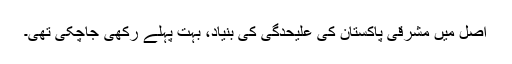
اصل میں مشرقی پاکستان کی علیحدگی کی بنیاد، بہت پہلے رکھی جاچکی تھی۔